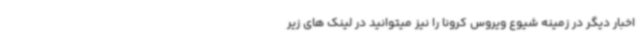
اخبار دیگر در زمینه شیوع ویروس کرونا را نیز میتوانید در لینک های زیر